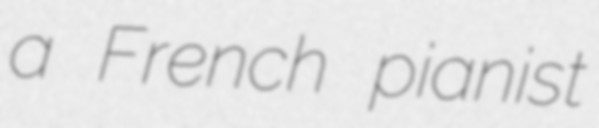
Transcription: a French pianist